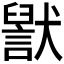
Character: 𬍊